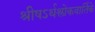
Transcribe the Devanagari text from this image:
श्रीषऽर्थश्लोकवार्तिके